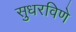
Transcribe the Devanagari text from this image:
सुधरविणे